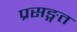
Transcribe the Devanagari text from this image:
प्रसङ्गत